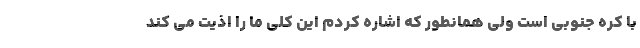
با کره جنوبی است ولی همانطور که اشاره کردم این کلی ما را اذیت می کند